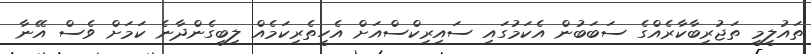
ތައުލީމީ ތަޖުރިބާކާރެއްގެ ސަބަބުން އެކަމުގައި ސައިރިކްސްއަށް އެހީތެރިކަމެއް ލިބިގެންދާނެ ކަމަށް ވެސް އޭނާ